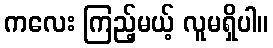
ကလေး ကြည့်မယ့် လူမရှိပါ။